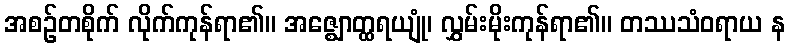
အစဉ်တစိုက် လိုက်ကုန်ရာ၏။ အဇ္ဈောတ္ထရယျုံ၊ လွှမ်းမိုးကုန်ရာ၏။ တဿသံဝရာယ န